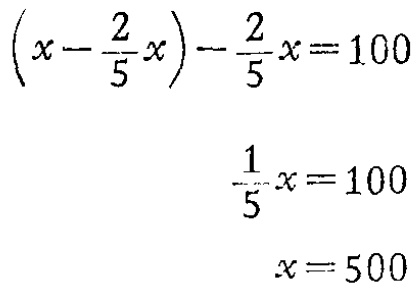
\[\begin{align*}

\left(x - \frac{2}{5}x\right)-\frac{2}{5}x&=100\\

\frac{1}{5}x&=100\\

x&=500

\end{align*}\]